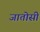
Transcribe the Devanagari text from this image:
जातोसी